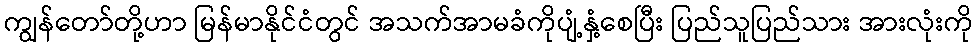
ကျွန်တော်တို့ဟာ မြန်မာနိုင်ငံတွင် အသက်အာမခံကိုပျံ့နှံ့စေပြီး ပြည်သူပြည်သား အားလုံးကို